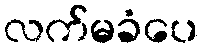
လက်မခံပေ